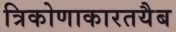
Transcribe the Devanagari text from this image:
त्रिकोणाकारतयैब